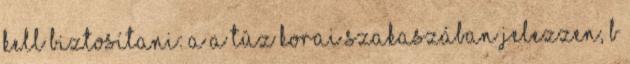
kell biztosítani: a a tûz korai szakaszában jelezzen, b